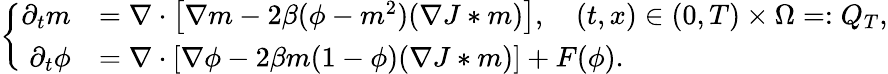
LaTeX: \left\lbrace\begin{array}{rl}{\partial_{t}m}&{=\nabla\cdot\left[\nabla m-2\beta(\phi-m^{2})(\nabla J*m)\right],\quad(t,x)\in(0,T)\times\Omega=:Q_{T},}\\ {\partial_{t}\phi}&{=\nabla\cdot\left[\nabla\phi-2\beta m(1-\phi)(\nabla J*m)\right]+F(\phi).}\end{array}\right.